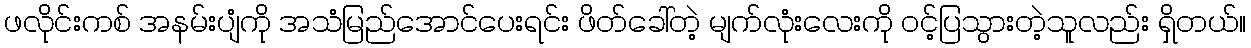
ဖလိုင်းကစ် အနမ်းပျံကို အသံမြည်အောင်ပေးရင်း ဖိတ်ခေါ်တဲ့ မျက်လုံးလေးကို ဝင့်ပြသွားတဲ့သူလည်း ရှိတယ်။